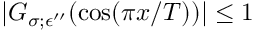
| G _ { \sigma ; \epsilon ^ { \prime \prime } } ( \cos ( \pi x / T ) ) | \le 1